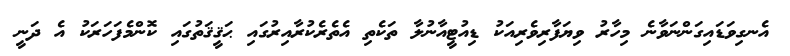
އެނގިވަޑައިގަންނަވާނެ މިހާރު ވިޔަފާރިވެރިއަކު ޑިއުޓީއާނުލާ ތަކެތި އެތެރެކުރާއިރުގައި ޙަޤީޤަތުގައި ކޮންމެފަހަރަކު އެ ދަނީ